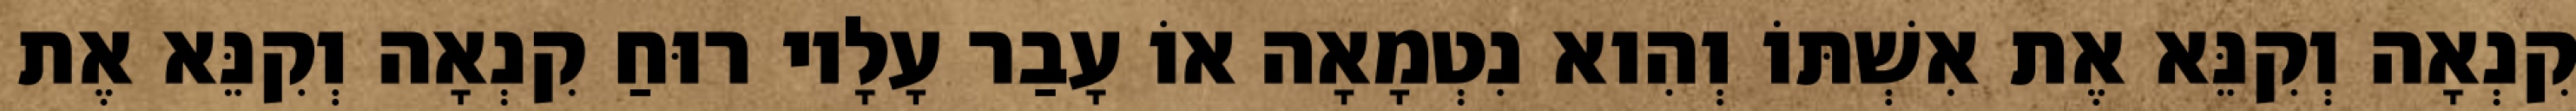
קִנְאָה וְקִנֵּא אֶת אִשְׁתּוֹ וְהִוא נִטְמָאָה אוֹ עָבַר עָלָיו רוּחַ קִנְאָה וְקִנֵּא אֶת